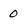
Character: 0